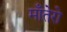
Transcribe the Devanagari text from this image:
माँतेरो